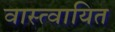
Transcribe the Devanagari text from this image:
वास्त्वायित